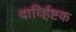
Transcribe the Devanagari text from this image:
दार्व्हिष्टक